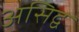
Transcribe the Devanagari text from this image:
असिद्व